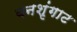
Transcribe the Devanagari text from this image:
वनशृंगाट